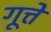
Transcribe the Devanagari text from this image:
गूत्ते